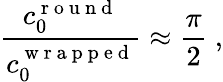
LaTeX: \frac{c_{0}^{\mathrm{~r~o~u~n~d~}}}{c_{0}^{\mathrm{~w~r~a~p~p~e~d~}}}\approx\frac{\pi}{2}\ ,